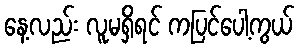
နေ့လည်း လူမရှိရင် ကပြင်ပေါ့ကွယ်